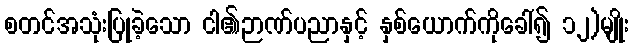
စတင်အသုံးပြုခဲ့သော ငါ၏ဉာဏ်ပညာနှင့် နှစ်ယောက်ကိုခေါ်၍ ၁၂)မျိုး